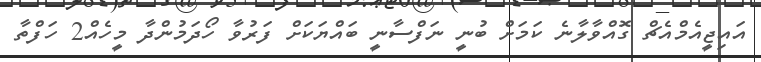
އައިޖީއެމްއެޗް ގޮައްވާލާނެ ކަމަށް ބުނީ ނަފްސާނީ ބައްޔަކަށް ފަރުވާ ހޯދަމުންދާ މީހެއް2 ހަފްތާ